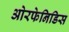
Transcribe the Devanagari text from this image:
ओरफेनिडिस